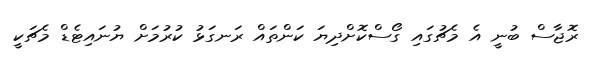
ރޮޖާސް ބުނީ އެ މެޗުގައި ގޯސްކޮށްދިޔަ ކަންތައް ރަނގަޅު ކުރުމަށް ޔުނައިޓެޑް މެޗަކީ